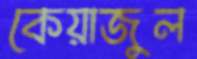
কেয়াজুল